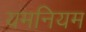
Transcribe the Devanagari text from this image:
यमनियम